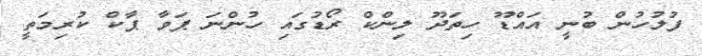
ފުލުހުން ބުނީ އައްޑޫ ހިތަދޫ ލިންކް ރޯޑުގައި ހުންނަ ޕަވާ ޕާކް ކުރިމަތީ